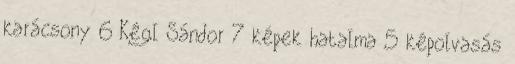
karácsony 6 Kégl Sándor 7 képek hatalma 5 képolvasás